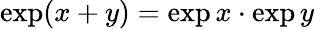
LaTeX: \exp(x+y)=\exp x\cdot\exp y